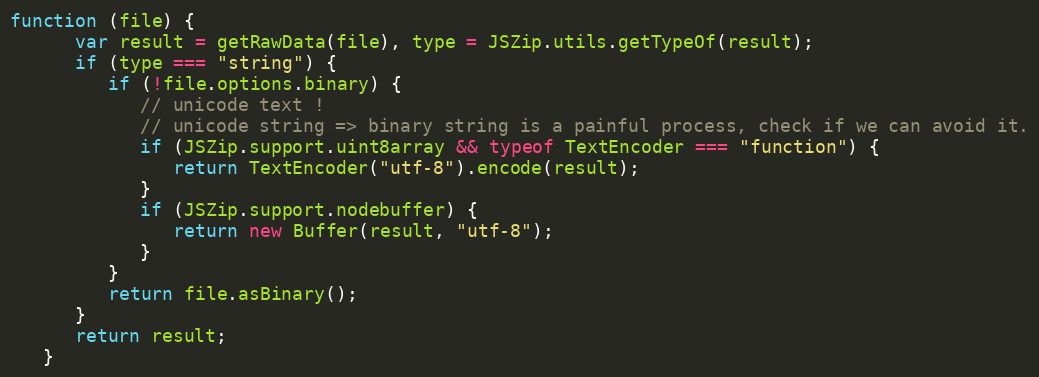
Language: JavaScript
function (file) {
      var result = getRawData(file), type = JSZip.utils.getTypeOf(result);
      if (type === "string") {
         if (!file.options.binary) {
            // unicode text !
            // unicode string => binary string is a painful process, check if we can avoid it.
            if (JSZip.support.uint8array && typeof TextEncoder === "function") {
               return TextEncoder("utf-8").encode(result);
            }
            if (JSZip.support.nodebuffer) {
               return new Buffer(result, "utf-8");
            }
         }
         return file.asBinary();
      }
      return result;
   }